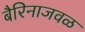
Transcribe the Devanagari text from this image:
बैरिनाजवळ